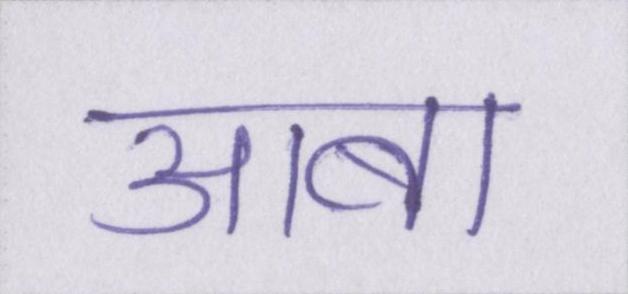
आबा